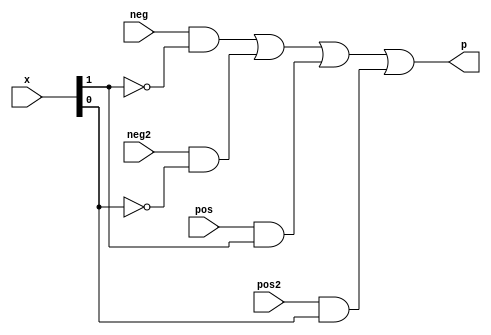
module BoothBase
(
    input neg, //-x
    input pos, //x
    input neg2,//-2x
    input pos2,//2x
    input [1:0] x, //{xi, xi-1}
    output p
);

assign p = (neg&~x[1]) | (neg2&~x[0]) | (pos&x[1]) | (pos2&x[0]);

endmodule